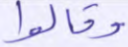
وقالوا